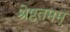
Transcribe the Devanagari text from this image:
श्रेष्ठतमम्